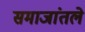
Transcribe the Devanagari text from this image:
समाजांतले